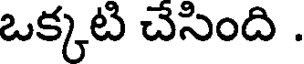
ఒక్కటి చేసింది .